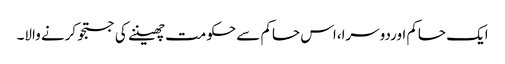
ایک حاکم اوردوسرا،اس حاکم سے حکومت چھیننے کی جستجو کرنے والا۔